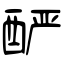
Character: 酽